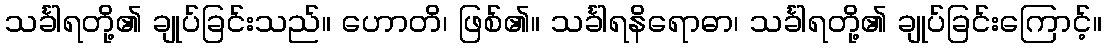
သင်္ခါရတို့၏ ချုပ်ခြင်းသည်။ ဟောတိ၊ ဖြစ်၏။ သင်္ခါရနိရောဓာ၊ သင်္ခါရတို့၏ ချုပ်ခြင်းကြောင့်။